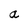
Character: a